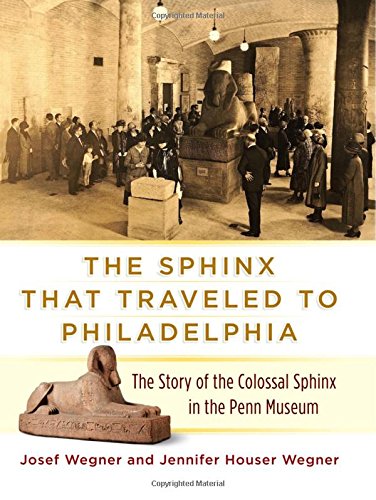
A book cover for The Sphinx That Traveled to Philadelphia: The Story of the Colossal Sphinx in the Penn Museum; Josef Wegner; History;